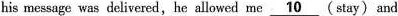
his message was delivered,he allowed me \underline{10} (stay) and